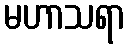
မဟာသရာ